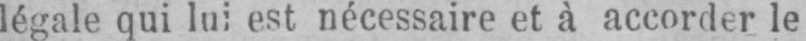
légale qui lui est nécessaire et à accorder le